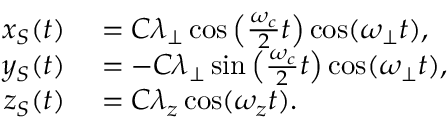
\begin{array} { r l } { x _ { S } ( t ) } & { { } = C \lambda _ { \perp } \cos \left( \frac { \omega _ { c } } { 2 } t \right) \cos ( \omega _ { \perp } t ) , } \\ { y _ { S } ( t ) } & { { } = - C \lambda _ { \perp } \sin \left( \frac { \omega _ { c } } { 2 } t \right) \cos ( \omega _ { \perp } t ) , } \\ { z _ { S } ( t ) } & { { } = C \lambda _ { z } \cos ( \omega _ { z } t ) . } \end{array}